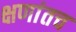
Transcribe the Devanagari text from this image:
क्षणांतच